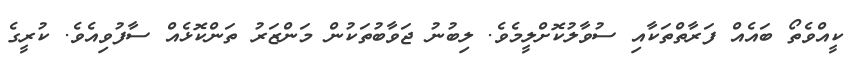
ކީއްވެތޯ ބައެއް ފަރާތްތަކާއި ސުވާލުކޮށްލީމެވެ. ލިބުނު ޖަވާބުތަކުން މަންޒަރު ތަންކޮޅެއް ސާފުވިއެވެ. ކުރީގެ